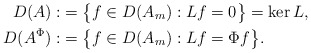
\begin{align*}D(A):&=\bigl\{f\in D(A_m):Lf=0\bigr\}=\ker L,\\D(A^\Phi):&=\bigl\{f\in D(A_m):Lf=\Phi f\bigr\}.\end{align*}